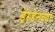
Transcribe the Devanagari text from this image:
ड्रेस्डेनच्या